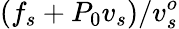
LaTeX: (f_{s}+P_{0}v_{s})/v_{s}^{o}